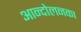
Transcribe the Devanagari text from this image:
आन्दोलनका